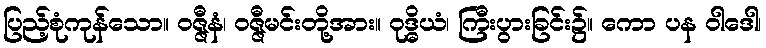
ပြည့်စုံကုန်သော။ ဝဇ္ဇီနံ၊ ဝဇ္ဇီမင်းတို့အား။ ဝုဒ္ဓိယံ၊ ကြီးပွားခြင်း၌။ ကော ပန ဝါဒေါ၊